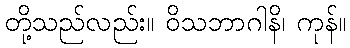
တို့သည်လည်း။ ဝိသဘာဂါနိ၊ ကုန်။